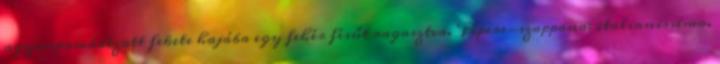
agyonpomádézott fekete hajába egy fehér fésűt ragasztva. Pipere-szappana: italianissimo.